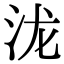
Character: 泷